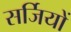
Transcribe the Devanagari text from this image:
सर्जियों